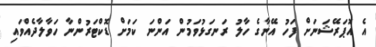
އެ އޮޕަރޭޝަނަށް ފަހު އޭނާގެ ހާލު ރަނގަޅުވަމުން އަންނަ ކަމަށް ޑޮކްޓަރުންނާ ހަވާލާދެއްވައި